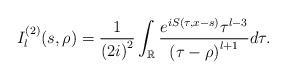
LaTeX: \begin{align*}I_{l}^{\left( 2\right) }(s,\rho)=\frac{1}{\left( 2i\right) ^{2}}\int_{\mathbb{R}}\frac{e^{iS(\tau,x-s)}\tau^{l-3}}{\left( \tau-\rho\right)^{l+1}}d\tau.\end{align*}